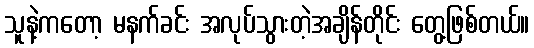
သူနဲ့ကတော့ မနက်ခင်း အလုပ်သွားတဲ့အချိန်တိုင်း တွေ့ဖြစ်တယ်။